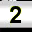
Digit: 2